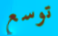
توسع